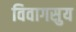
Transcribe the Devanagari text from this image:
विवागसुय